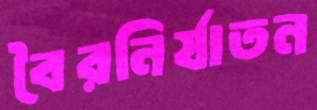
বৈরনির্যাতন